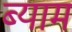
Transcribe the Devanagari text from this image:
ब्याम